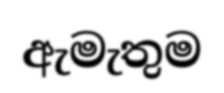
ඇමැතුම